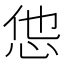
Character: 怹